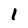
Character: 1